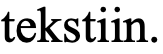
tekstiin.